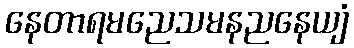
နေတာရမညေသမနညနေယျံ